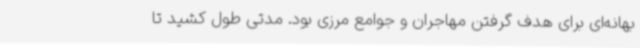
بهانه‌ای برای هدف گرفتن مهاجران و جوامع مرزی بود. مدتی طول کشید تا